Report on sanitation, dispensaries, and jails in Rajputana for 1917, and on vaccination for the year 1917-1918 - 1917-1918
Year: 1917
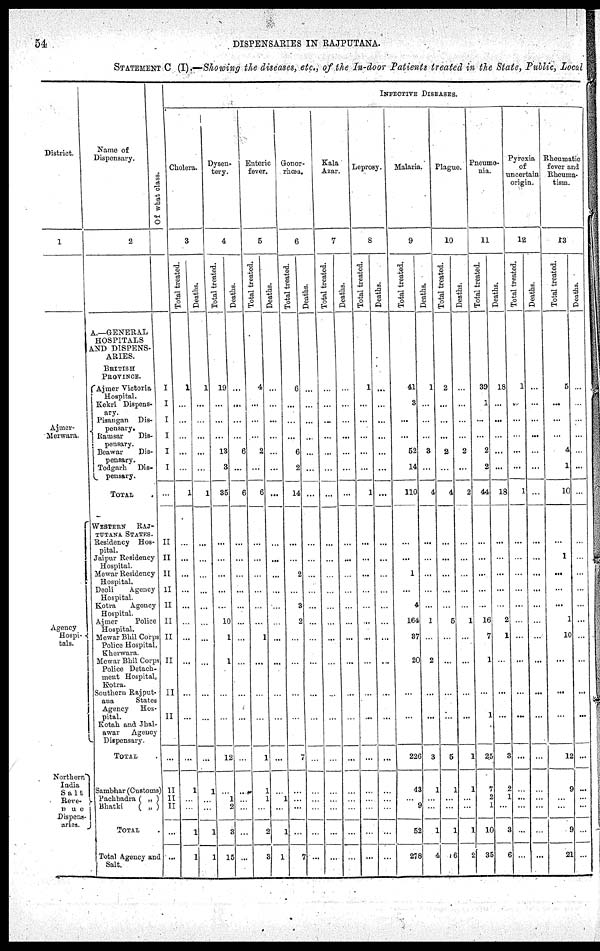
54
DISPENSARIES IN RAJPUTANA.
STATEMENT C (I).—Showing the diseases, etc., of the In-door Patients treated in the State, Public, Local
District.
1
Ajmer-
Merwara.
Agency
Hospi-
tals.
Northern
India
Salt
Reve¬
nue
Dispens-
aries.
Name of
Dispensary.
2
A.—GENERAL
HOSPITALS
AND DISPENS-
ARIES.
BRITISH
PROVINCE.
Ajmer Victoria
Hospital.
Kekri Dispens¬
ary.
Pisangan Dis¬
pensary.
Ramsar
Dis¬
pensary.
Beawar
Dis¬
pensary.
Todgarh Dis¬
pensary.
TOTAL .
WESTERN
RAJ¬
PUTANA. STATES.
Residency Hos-
pital.
Jaipur Residency
Hospital.
Mewar Residency
Hospital.
Deoli
Agency
Hospital.
Kotra
Agency
Hospital.
Ajmer
Police
Hospital.
Mewar Bhil Corps
Police Hospital,
Kherwara.
Mewar Bhil Corp
Police Detach-
ment Hospital,
Kotra.
Southern Rajput¬
ana
States
Agency Hos-
pital.
Kotah and Jhal¬
awar
Agency
Dispensary.
TOTAL
Sambhar (Customs)
Pachbadra ( „ )
Bhatki
( „ )
TOTAL .
Total Agency and
Salt.
Of what class.
I
I
1
1
I
1
II
II
II
II
II
II
II
II
II
II
...
II
II
II
...
...
INFECTIVE DISEASES.
Cholera.
3
Total treated.
1
...
...
...
...
1
...
...
...
...
...
...
...
...
...
...
...
1
...
...
1
1
Deaths.
1
...
...
...
...
1
...
...
...
...
...
...
...
...
...
...
...
1
...
...
1
1
Dysen¬
tery.
4
Total treated.
19
...
...
...
13
3
35
...
...
...
...
...
10
1
1
...
...
12
...
1
2
3
15
Deaths.
...
...
...
...
6
...
6
...
...
...
...
...
...
...
...
...
...
...
...
...
...
...
...
Enteric
fever.
5
Total treated.
4
...
...
...
2
...
6
...
...
...
...
...
...
1
...
...
...
1
1
1
...
2
3
Deaths.
...
...
...
...
...
...
...
...
...
...
...
...
...
...
...
...
...
...
...
1
...
1
1
Gonor-
rhœa.
6
Total treated.
6
...
...
...
6
2
14
...
...
2
...
3
2
...
...
...
...
7
...
...
...
...
7
Deaths.
...
...
...
...
...
...
...
...
...
...
...
...
...
...
...
...
...
...
...
...
...
...
...
Kala
Azar.
7
Total treated.
...
...
...
...
...
...
...
...
...
...
...
...
...
...
...
...
...
...
...
...
...
...
....
Deaths.
...
...
...
...
...
...
...
...
...
...
...
...
...
...
...
...
...
...
...
...
...
...
Leprosy.
8
Total treated.
1
...
...
...
...
...
1
...
...
...
...
...
...
...
...
...
...
...
...
...
...
...
...
Deaths.
...
...
...
...
...
...
...
...
...
...
...
...
...
...
...
...
...
...
...
...
...
...
...
Malaria.
9
Total treated.
41
3
...
...
52
14
110
...
...
1
...
4
164
37
20
...
...
226
43
...
9
52
278
Deaths.
1
...
...
3
...
4
...
...
...
...
...
1
...
2
...
...
3
1
...
...
1
4
Plague.
10
Total treated.
2
...
...
...
2
...
4
...
...
...
...
...
5
...
...
...
...
5
1
...
...
1
16
Deaths.
...
...
2
...
2
...
...
...
...
...
1
...
...
...
...
1
1
...
...
1
2
Pneumo¬
nia.
11
Total treated.
39
1
...
...
2
2
44
...
...
...
...
...
16
7
1
...
1
25
7
2
1
10
35
Deaths.
18
...
...
...
...
18
...
...
...
...
...
2
1
...
...
...
3
2
1
...
3
6
Pyrexia
of
uncertain
origin.
12
Total treated.
1
...
...
...
...
1
...
...
...
...
...
...
...
...
...
...
...
...
...
...
...
...
Deaths.
...
...
...
...
...
...
...
...
...
...
...
...
...
...
...
...
...
...
...
...
...
...
Rheumatic
fever and
Rheuma-
tism.
13
Total treated.
5
...
...
...
4
1
10
...
...
...
...
...
1
10
...
...
...
12
9
...
...
9
21
Deaths.
...
...
...
...
...
...
...
...
...
...
...
...
...
...
...
...
...
...
...
...
...
...
...